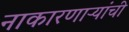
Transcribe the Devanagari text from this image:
नाकारणाऱ्यांची